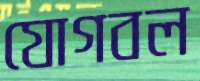
যোগবল